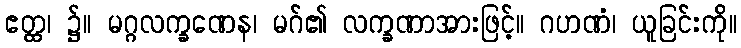
ဧတ္ထ၊ ၌။ မဂ္ဂလက္ခဏေန၊ မဂ်၏ လက္ခဏာအားဖြင့်။ ဂဟဏံ၊ ယူခြင်းကို။